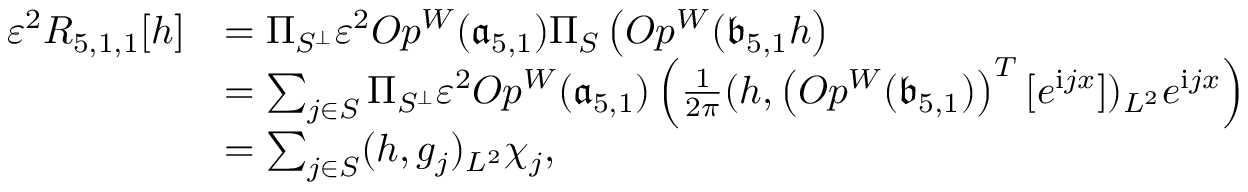
\begin{array} { r l } { \varepsilon ^ { 2 } R _ { 5 , 1 , 1 } [ h ] } & { = \Pi _ { S ^ { \perp } } \varepsilon ^ { 2 } O p ^ { W } ( \mathfrak { a } _ { 5 , 1 } ) \Pi _ { S } \left( O p ^ { W } ( \mathfrak { b } _ { 5 , 1 } h \right) } \\ & { = \sum _ { j \in S } \Pi _ { S ^ { \perp } } \varepsilon ^ { 2 } O p ^ { W } ( \mathfrak { a } _ { 5 , 1 } ) \left( \frac { 1 } { 2 \pi } ( h , \left( O p ^ { W } ( \mathfrak { b } _ { 5 , 1 } ) \right) ^ { T } [ e ^ { \mathrm { i } j x } ] ) _ { L ^ { 2 } } e ^ { \mathrm { i } j x } \right) } \\ & { = \sum _ { j \in S } ( h , g _ { j } ) _ { L ^ { 2 } } \chi _ { j } , } \end{array}